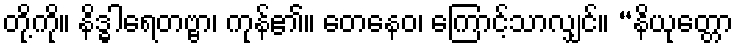
တို့ကို။ နိဒ္ဓါရေတဗ္ဗာ၊ ကုန်၏။ တေနေဝ၊ ကြောင့်သာလျှင်။ “နိယုတ္တော